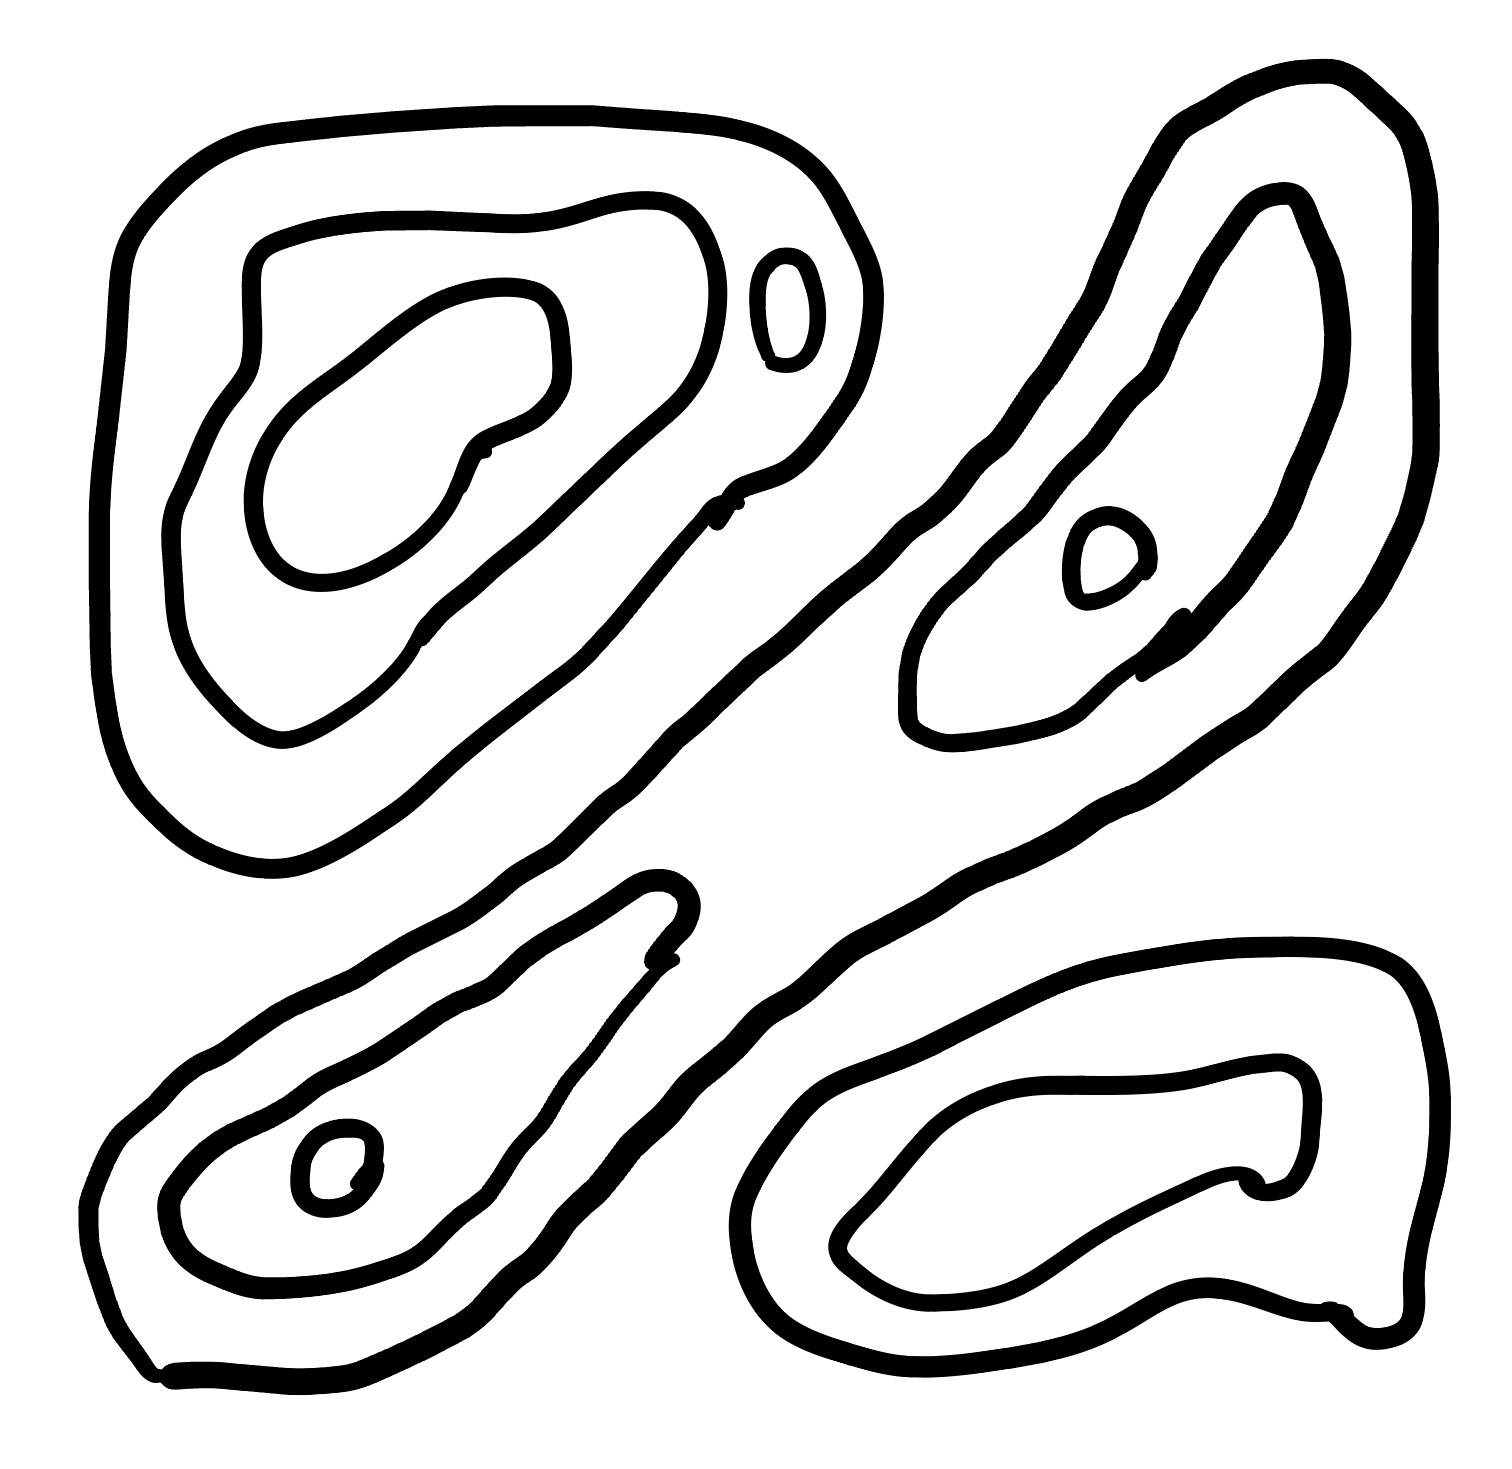
Number of regions (including the outer root region): 12
Containment tree edges (parent, child): 0, 1, 0, 3, 0, 7, 1, 2, 3, 4, 3, 5, 5, 6, 7, 8, 7, 10, 8, 9, 10, 11